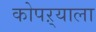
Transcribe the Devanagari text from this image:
कोपऱ्याला